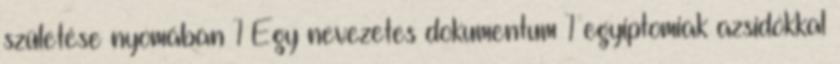
születése nyomában 1 Egy nevezetes dokumentum 1 egyiptomiak azsidókkal